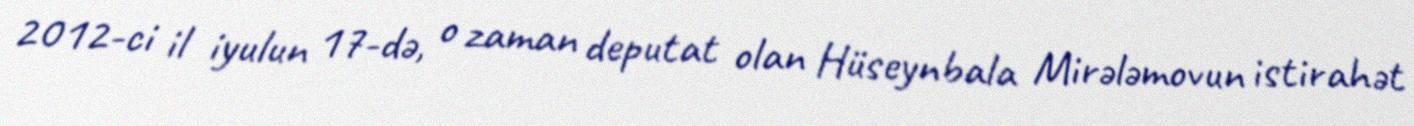
2012-ci il iyulun 17-də, o zaman deputat olan Hüseynbala Mirələmovun istirahət